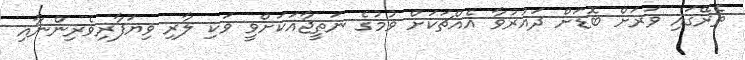
ތެރޭގައި ވަރަށް ބޮޑަށް ދައުރުވާ އެއްޗަކަށް ވުމުގެ ނަތީޖާއަކަށްވީ ވަކި ލާރި ވިޔަފާރިވެރިންނާއި